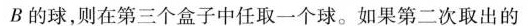
B的球，则在第三个盒子中任取一个球。如果第二次取出的